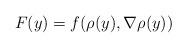
LaTeX: \begin{align*}F(y)=f(\rho(y),\nabla\rho(y))\end{align*}